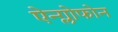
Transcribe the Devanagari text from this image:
ऐन्ग्लोफोन